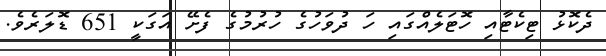
ދެކޮޅު ޓިކެޓާއި ހޮޓަލެއްގައި ހަ ދުވަހުގެ ހުރުމުގެ ފެށޭ އަގަކީ 651 ޑޮލަރެވެ.